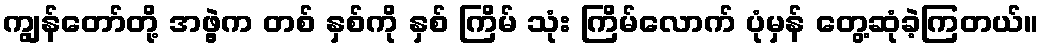
ကျွန်တော်တို့ အဖွဲ့က တစ် နှစ်ကို နှစ် ကြိမ် သုံး ကြိမ်လောက် ပုံမှန် တွေ့ဆုံခဲ့ကြတယ်။